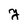
Character: y